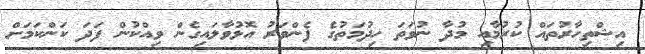
އިޝްތިހާރުތައް ކުރުމާއި މުދާ ނުވަތަ ހިދުމަތުގެ ފެންވަރު އޮޅުވާލައިގެން ވިއްކުން ފަދަ ކަންކަމަށް